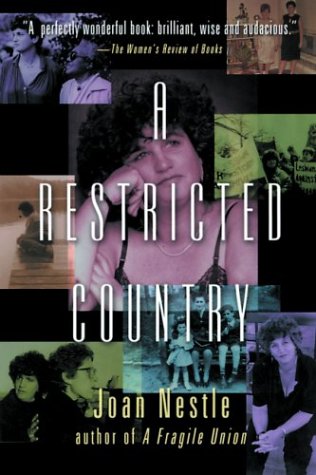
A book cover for A Restricted Country; Joan Nestle; Gay & Lesbian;